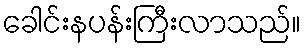
ခေါင်းနပန်းကြီးလာသည်။